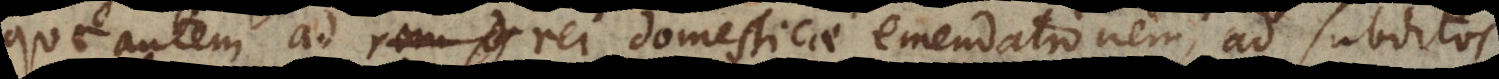
e autem ad rei domesticae emendationem, ad subdito